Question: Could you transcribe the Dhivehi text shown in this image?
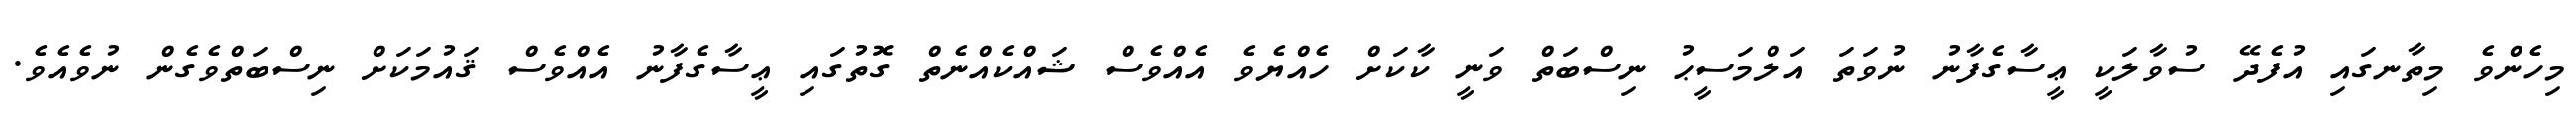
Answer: މިހެންވެ މިތާނގައި އުފެދޭ ސުވާލަކީ ޢީސާގެފާނު ނުވަތަ އަލްމަސީޙު ނިސްބަތް ވަނީ ކާކަށް ހެއްޔެވެ އެއްވެސް ޝައްކެއްނެތް ގޮތުގައި ޢީސާގެފާނު އެއްވެސް ޤައުމަކަށް ނިސްބަތްވެގެން ނުވެއެވެ.